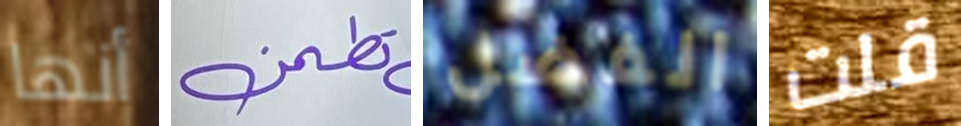
أنها تطمن الفضل قلت